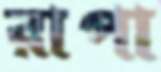
রাপা